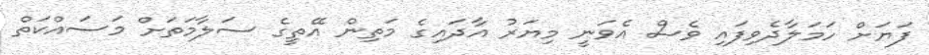
ފަޔަށް ހަމަލާދެވިފައި ވެސް އެވަނީ މިޔަރު އާދައިގެ މަތިން އޭތީގެ ސަލާމަތަށް މަސައްކަތް